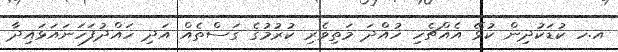
އ.ހ ކުޑަކުދިން ކުޅޭ އެއްޗެހި ހުއްދަ މަތިވެރި ކުރުމުގެ ގަސްތެއް އަދި ހައްދުފަހަނައަޅައިދާ